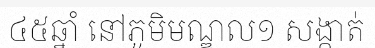
៤៥ឆ្នាំ នៅភូមិមណ្ឌល១ សង្កាត់